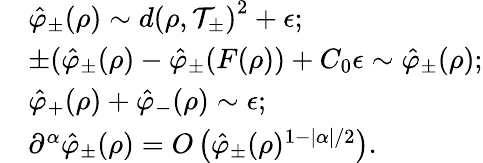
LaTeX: \begin{array}{rl}&{\hat{\varphi}_{\pm}(\rho)\sim d\left(\rho,\mathcal{T}_{\pm}\right)^{2}+\epsilon;}\\ &{\pm(\hat{\varphi}_{\pm}(\rho)-\hat{\varphi}_{\pm}(F(\rho))+C_{0}\epsilon\sim\hat{\varphi}_{\pm}(\rho);}\\ &{\hat{\varphi}_{+}(\rho)+\hat{\varphi}_{-}(\rho)\sim\epsilon;}\\ &{\partial^{\alpha}\hat{\varphi}_{\pm}(\rho)=O\left(\hat{\varphi}_{\pm}(\rho)^{1-|\alpha|/2}\right).}\end{array}